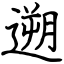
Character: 遡